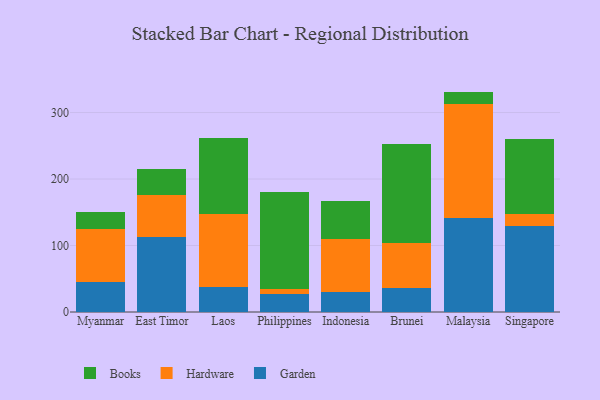
{"axis": {"x": "Country", "y": "Backlog"}, "legend": ["Books", "Garden", "Hardware"], "data": [{"x": "Myanmar", "y": 45.5, "type": "Garden"}, {"x": "Myanmar", "y": 79.1, "type": "Hardware"}, {"x": "Myanmar", "y": 26.0, "type": "Books"}, {"x": "East Timor", "y": 113.2, "type": "Garden"}, {"x": "East Timor", "y": 63.1, "type": "Hardware"}, {"x": "East Timor", "y": 38.3, "type": "Books"}, {"x": "Laos", "y": 37.1, "type": "Garden"}, {"x": "Laos", "y": 110.5, "type": "Hardware"}, {"x": "Laos", "y": 114.4, "type": "Books"}, {"x": "Philippines", "y": 27.2, "type": "Garden"}, {"x": "Philippines", "y": 7.4, "type": "Hardware"}, {"x": "Philippines", "y": 145.8, "type": "Books"}, {"x": "Indonesia", "y": 30.5, "type": "Garden"}, {"x": "Indonesia", "y": 79.4, "type": "Hardware"}, {"x": "Indonesia", "y": 57.0, "type": "Books"}, {"x": "Brunei", "y": 36.5, "type": "Garden"}, {"x": "Brunei", "y": 67.1, "type": "Hardware"}, {"x": "Brunei", "y": 149.3, "type": "Books"}, {"x": "Malaysia", "y": 141.5, "type": "Garden"}, {"x": "Malaysia", "y": 171.9, "type": "Hardware"}, {"x": "Malaysia", "y": 18.1, "type": "Books"}, {"x": "Singapore", "y": 130.0, "type": "Garden"}, {"x": "Singapore", "y": 17.5, "type": "Hardware"}, {"x": "Singapore", "y": 113.1, "type": "Books"}]}